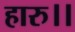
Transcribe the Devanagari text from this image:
हारु।।